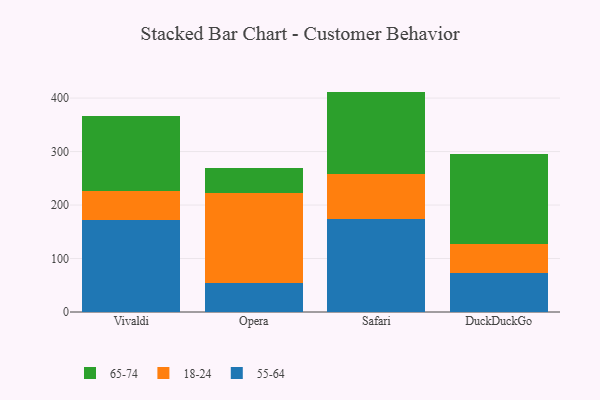
{"axis": {"x": "Browser", "y": "Page Views"}, "legend": ["18-24", "55-64", "65-74"], "data": [{"x": "Vivaldi", "y": 172.1, "type": "55-64"}, {"x": "Vivaldi", "y": 53.6, "type": "18-24"}, {"x": "Vivaldi", "y": 141.5, "type": "65-74"}, {"x": "Opera", "y": 54.1, "type": "55-64"}, {"x": "Opera", "y": 169.2, "type": "18-24"}, {"x": "Opera", "y": 45.6, "type": "65-74"}, {"x": "Safari", "y": 174.5, "type": "55-64"}, {"x": "Safari", "y": 83.8, "type": "18-24"}, {"x": "Safari", "y": 153.8, "type": "65-74"}, {"x": "DuckDuckGo", "y": 73.2, "type": "55-64"}, {"x": "DuckDuckGo", "y": 53.2, "type": "18-24"}, {"x": "DuckDuckGo", "y": 169.5, "type": "65-74"}]}